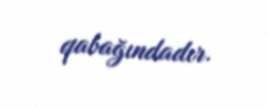
qabağındadır.